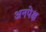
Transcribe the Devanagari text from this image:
अनपेक्ष